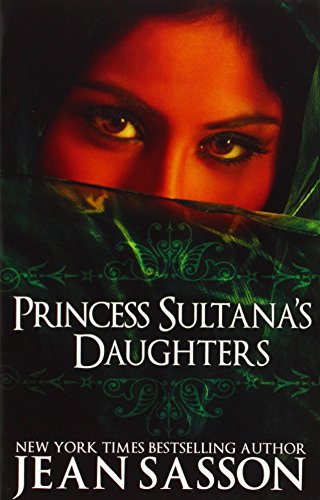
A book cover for Princess Sultana's Daughters; Jean Sasson; Biographies & Memoirs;